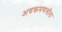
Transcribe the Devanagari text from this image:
अवक्रमणसील